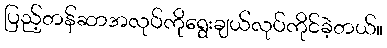
ပြည့်တန်ဆာအလုပ်ကိုရွေးချယ်လုပ်ကိုင်ခဲ့တယ်။